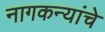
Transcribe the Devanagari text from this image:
नागकन्यांचे